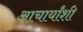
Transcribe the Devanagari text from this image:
आचार्यांशी